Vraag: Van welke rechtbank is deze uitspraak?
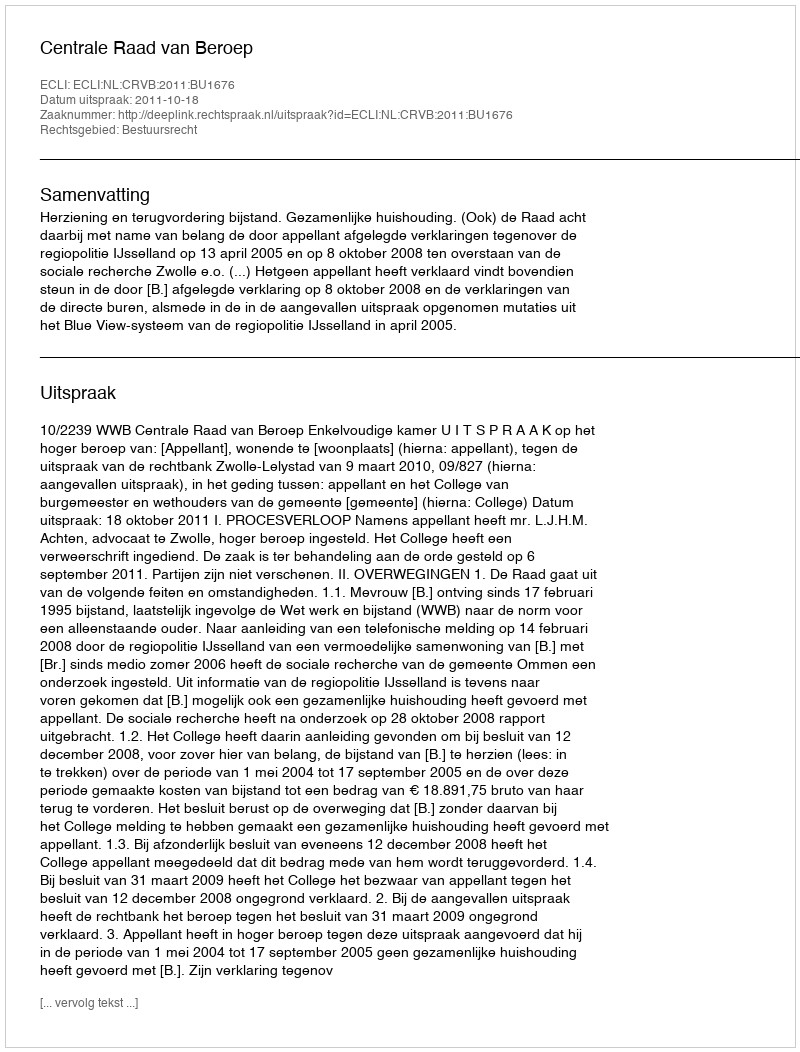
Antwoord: Centrale Raad van Beroep